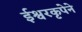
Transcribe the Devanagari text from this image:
ईश्वरकृपेने